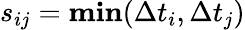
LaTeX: s_{ij}={\mathbf{min}}({\Delta t}_{i},{\Delta t}_{j})